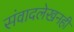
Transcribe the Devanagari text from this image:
संवादलेखनही